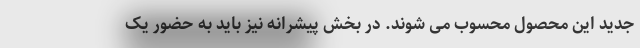
جدید این محصول محسوب می شوند. در بخش پیشرانه نیز باید به حضور یک